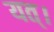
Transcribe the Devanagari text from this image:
यत्।